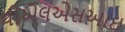
વીએલએસઆઇ